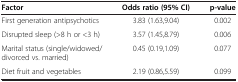
<table><thead><tr><td><b>Factor</b></td><td><b>Odds ratio (95% CI)</b></td><td><b>p-value</b></td></tr></thead><tbody><tr><td>First generation antipsychotics</td><td>3.83 (1.63,9.04)</td><td>0.002</td></tr><tr><td>Disrupted sleep (&gt;8 h or &lt;3 h)</td><td>3.57 (1.45,8.79)</td><td>0.006</td></tr><tr><td>Marital status (single/widowed/divorced vs. married)</td><td>0.45 (0.19,1.09)</td><td>0.077</td></tr><tr><td>Diet fruit and vegetables</td><td>2.19 (0.86,5.59)</td><td>0.099</td></tr></tbody></table>